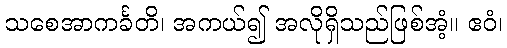
သစေအာကင်္ခတိ၊ အကယ်၍ အလိုရှိသည်ဖြစ်အံ့။ ဧဝံ၊